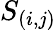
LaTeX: S_{(i,j)}